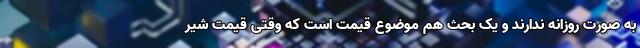
به صورت روزانه ندارند و یک بحث هم موضوع قیمت است که وقتی قیمت شیر